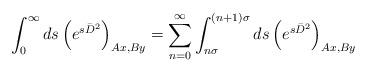
LaTeX: \begin{align*}\int_0^\infty ds\left(e^{s\bar{D}^2}\right)_{Ax,By}=\sum_{n=0}^\infty\int_{n\sigma}^{(n+1)\sigma}ds\left(e^{s\bar{D}^2}\right)_{Ax,By}\end{align*}